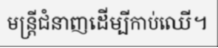
មន្ត្រីជំនាញដើម្បីកាប់ឈើ។